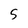
Character: 5